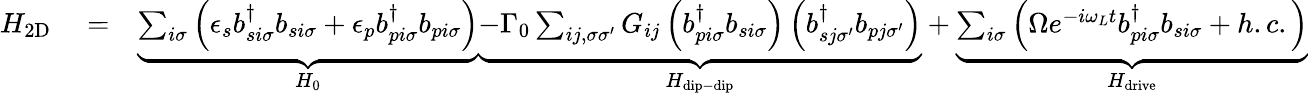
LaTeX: \begin{array}{rlr}{H_{\mathrm{2D}}}&{{}=}&{\underbrace{\sum_{i\sigma}\left(\epsilon_{s}b_{si\sigma}^{\dagger}b_{si\sigma}+\epsilon_{p}b_{pi\sigma}^{\dagger}b_{pi\sigma}\right)}_{H_{0}}\underbrace{-\Gamma_{0}\sum_{ij,\sigma\sigma^{\prime}}G_{ij}\left(b_{pi\sigma}^{\dagger}b_{si\sigma}\right)\left(b_{sj\sigma^{\prime}}^{\dagger}b_{pj\sigma^{\prime}}\right)}_{H_{\mathrm{dip-dip}}}+\underbrace{\sum_{i\sigma}\left(\Omega e^{-i\omega_{L}t}b_{pi\sigma}^{\dagger}b_{si\sigma}+h.c.\right)}_{H_{\mathrm{drive}}}}\end{array}